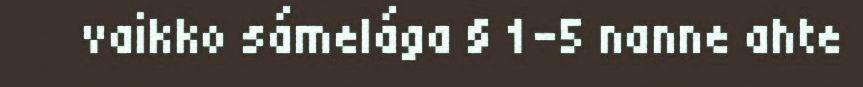
vaikko sámelága § 1-5 nanne ahte